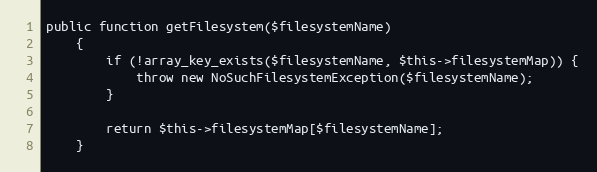
Language: PHP
public function getFilesystem($filesystemName)
    {
        if (!array_key_exists($filesystemName, $this->filesystemMap)) {
            throw new NoSuchFilesystemException($filesystemName);
        }

        return $this->filesystemMap[$filesystemName];
    }